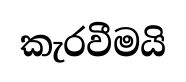
කැරවීමයි